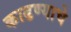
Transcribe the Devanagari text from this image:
काढण्‍याचे